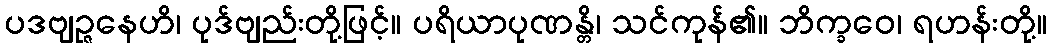
ပဒဗျဉ္ဇနေဟိ၊ ပုဒ်ဗျည်းတို့ဖြင့်။ ပရိယာပုဏန္တိ၊ သင်ကုန်၏။ ဘိက္ခဝေ၊ ရဟန်းတို့။